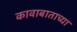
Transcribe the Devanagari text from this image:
कावाबाताच्या